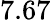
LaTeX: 7.67